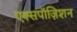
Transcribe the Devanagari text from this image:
एक्सपॉज़िशन